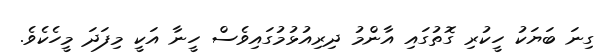
ގިނަ ބަޔަކު ހީކުރި ގޮތުގައި އާންމު ދިރިއުޅުމުގައިވެސް ހީނާ އަކީ މިފަދަ މީހެކެވެ.